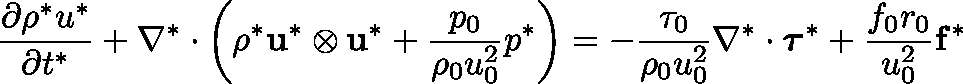
{ \frac { \partial \mathbf { \rho } ^ { * } u ^ { * } } { \partial t ^ { * } } } + \nabla ^ { * } \cdot \left( \rho ^ { * } \mathbf { u } ^ { * } \otimes \mathbf { u } ^ { * } + { \frac { p _ { 0 } } { \rho _ { 0 } u _ { 0 } ^ { 2 } } } p ^ { * } \right) = - { \frac { \tau _ { 0 } } { \rho _ { 0 } u _ { 0 } ^ { 2 } } } \nabla ^ { * } \cdot { \boldsymbol { \tau } } ^ { * } + { \frac { f _ { 0 } r _ { 0 } } { u _ { 0 } ^ { 2 } } } \mathbf { f } ^ { * }